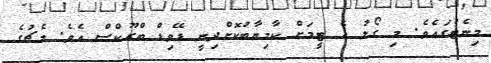
މިނެޓުގައެވެ. މި ގޯލު އެ ޓީމަށް ކާމިޔާބުކޮށްދިނީ ޑޭވިޑް ބްރޫކްސް އެވެ. މެޗުގެ